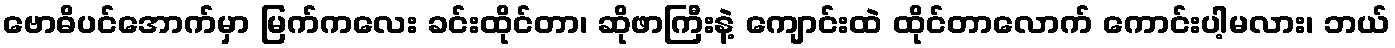
ဗောဓိပင်အောက်မှာ မြက်ကလေး ခင်းထိုင်တာ၊ ဆိုဖာကြီးနဲ့ ကျောင်းထဲ ထိုင်တာလောက် ကောင်းပါ့မလား၊ ဘယ်